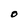
Character: O